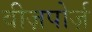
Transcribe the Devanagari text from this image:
वीज़पोर्ज़